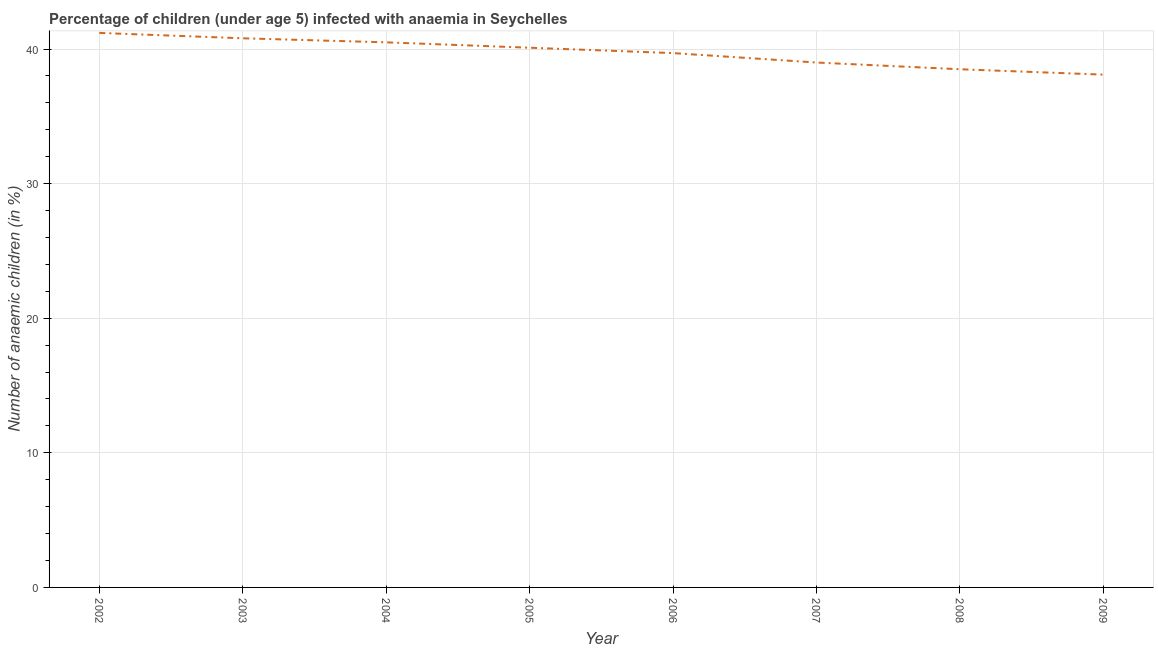
| Year | Prevalence of anemia among children |
 | --- | --- |
 | 2002 | 41.2 |
 | 2003 | 40.8 |
 | 2004 | 40.5 |
 | 2005 | 40.1 |
 | 2006 | 39.7 |
 | 2007 | 39 |
 | 2008 | 38.5 |
 | 2009 | 38.1 |